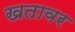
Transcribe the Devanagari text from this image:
खतावर